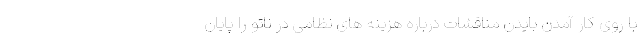
با روی کار آمدن بایدن مناقشات درباره هزینه های نظامی در ناتو را پایان